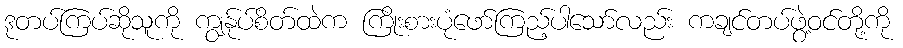
ဒုတပ်ကြပ်ဆိုသူကို ကျွန်ုပ်စိတ်ထဲက ကြိုးစားပုံဖော်ကြည့်ပါသော်လည်း ကချင်တပ်ဖွဲ့ဝင်တို့ကို